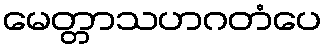
မေတ္တာသဟဂတံပေ